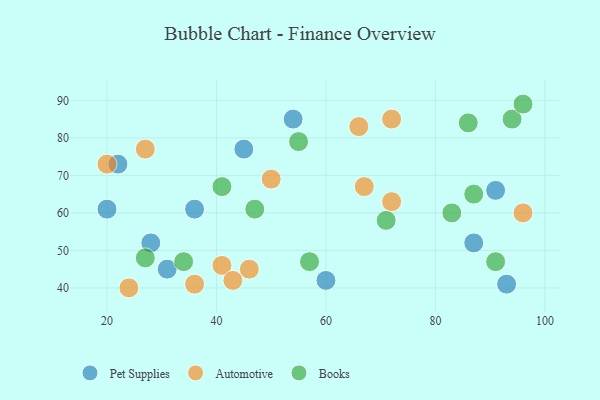
{"axis": {"x": "GDP", "y": "Life Expectancy"}, "legend": ["Automotive", "Books", "Pet Supplies"], "data": [{"x": "54", "y": 85, "type": "Pet Supplies"}, {"x": "22", "y": 73, "type": "Pet Supplies"}, {"x": "91", "y": 66, "type": "Pet Supplies"}, {"x": "20", "y": 61, "type": "Pet Supplies"}, {"x": "60", "y": 42, "type": "Pet Supplies"}, {"x": "87", "y": 52, "type": "Pet Supplies"}, {"x": "45", "y": 77, "type": "Pet Supplies"}, {"x": "93", "y": 41, "type": "Pet Supplies"}, {"x": "36", "y": 61, "type": "Pet Supplies"}, {"x": "31", "y": 45, "type": "Pet Supplies"}, {"x": "28", "y": 52, "type": "Pet Supplies"}, {"x": "41", "y": 46, "type": "Automotive"}, {"x": "20", "y": 73, "type": "Automotive"}, {"x": "46", "y": 45, "type": "Automotive"}, {"x": "66", "y": 83, "type": "Automotive"}, {"x": "50", "y": 69, "type": "Automotive"}, {"x": "96", "y": 60, "type": "Automotive"}, {"x": "43", "y": 42, "type": "Automotive"}, {"x": "72", "y": 85, "type": "Automotive"}, {"x": "67", "y": 67, "type": "Automotive"}, {"x": "24", "y": 40, "type": "Automotive"}, {"x": "72", "y": 63, "type": "Automotive"}, {"x": "27", "y": 77, "type": "Automotive"}, {"x": "36", "y": 41, "type": "Automotive"}, {"x": "87", "y": 65, "type": "Books"}, {"x": "27", "y": 48, "type": "Books"}, {"x": "41", "y": 67, "type": "Books"}, {"x": "55", "y": 79, "type": "Books"}, {"x": "47", "y": 61, "type": "Books"}, {"x": "94", "y": 85, "type": "Books"}, {"x": "86", "y": 84, "type": "Books"}, {"x": "96", "y": 89, "type": "Books"}, {"x": "71", "y": 58, "type": "Books"}, {"x": "34", "y": 47, "type": "Books"}, {"x": "57", "y": 47, "type": "Books"}, {"x": "91", "y": 47, "type": "Books"}, {"x": "83", "y": 60, "type": "Books"}]}